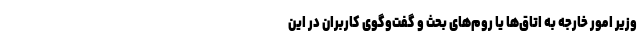
وزیر امور خارجه به اتاق‌ها یا روم‌های بحث و گفت‌وگوی کاربران در این